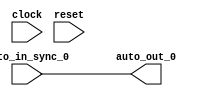
module IntSyncSyncCrossingSink_1(
  input   clock,
  input   reset,
  input   auto_in_sync_0,
  output  auto_out_0
);
  assign auto_out_0 = auto_in_sync_0; // @[Nodes.scala 1210:84 LazyModule.scala 309:16]
endmodule